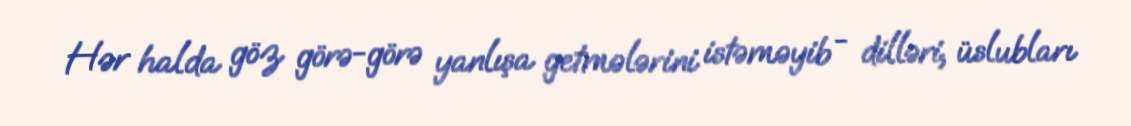
Hər halda göz görə-görə yanlışa getmələrini istəməyib - dilləri, üslubları